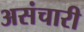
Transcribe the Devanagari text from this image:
असंचारी